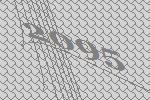
2095